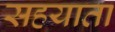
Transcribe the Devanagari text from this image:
सहयाता